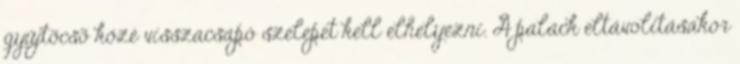
gyûjtõcsõ közé visszacsapó szelepet kell elhelyezni. A palack eltávolításakor